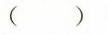
( )